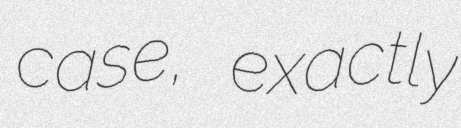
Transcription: case, exactly